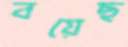
বয়েছ